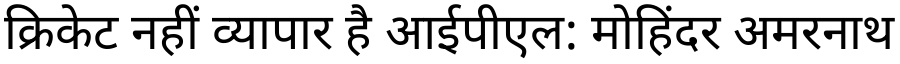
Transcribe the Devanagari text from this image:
क्रिकेट नहीं व्यापार है आईपीएल: मोहिंदर अमरनाथ